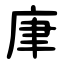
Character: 㡽